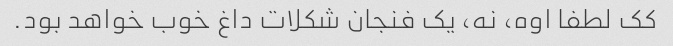
کک لطفا اوه، نه، یک فنجان شکلات داغ خوب خواهد بود.